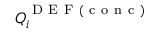
Q _ { i } ^ { \mathrm { ~ D ~ E ~ F ~ ( ~ c ~ o ~ n ~ c ~ ) ~ } }